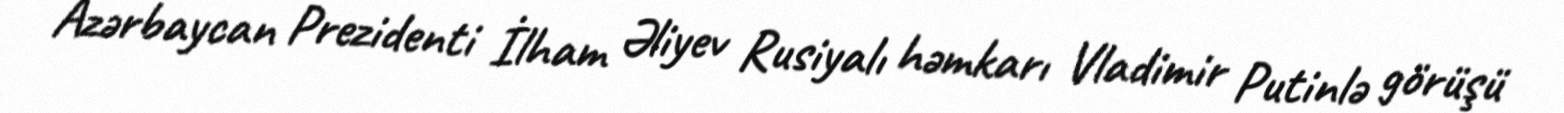
Azərbaycan Prezidenti İlham Əliyev Rusiyalı həmkarı Vladimir Putinlə görüşü